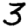
Digit: 3